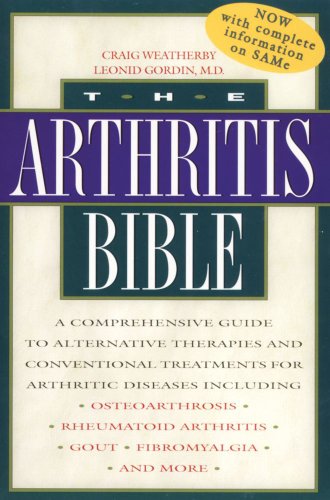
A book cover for The Arthritis Bible: A Comprehensive Guide to Alternative Therapies and Conventional Treatments for Arthritic Diseases; Craig Weatherby; Health, Fitness & Dieting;